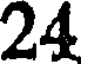
24